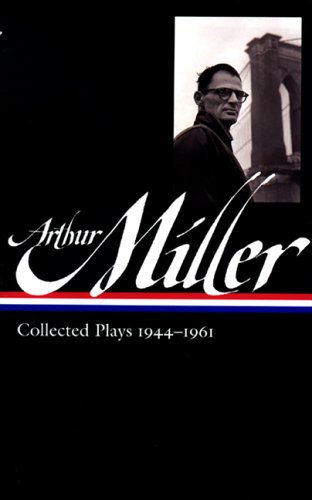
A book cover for Arthur Miller: Collected Plays 1944-1961 (Library of America); Arthur Miller; Literature & Fiction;